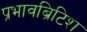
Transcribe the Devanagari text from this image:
प्रभावब्रिटिश